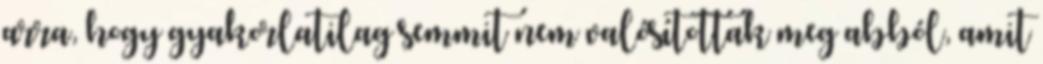
arra, hogy gyakorlatilag semmit nem valósítottak meg abból, amit